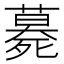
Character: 𱥕